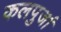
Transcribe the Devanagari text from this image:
कलपुर्जा